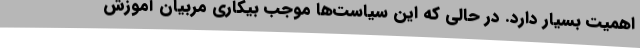
اهمیت بسیار دارد. در حالی که این سیاست‌ها موجب بیکاری مربیان آموزش